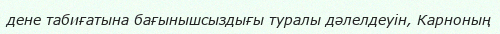
дене табиғатына бағынышсыздығы туралы дәлелдеуін, Карноның